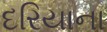
દરિયાના